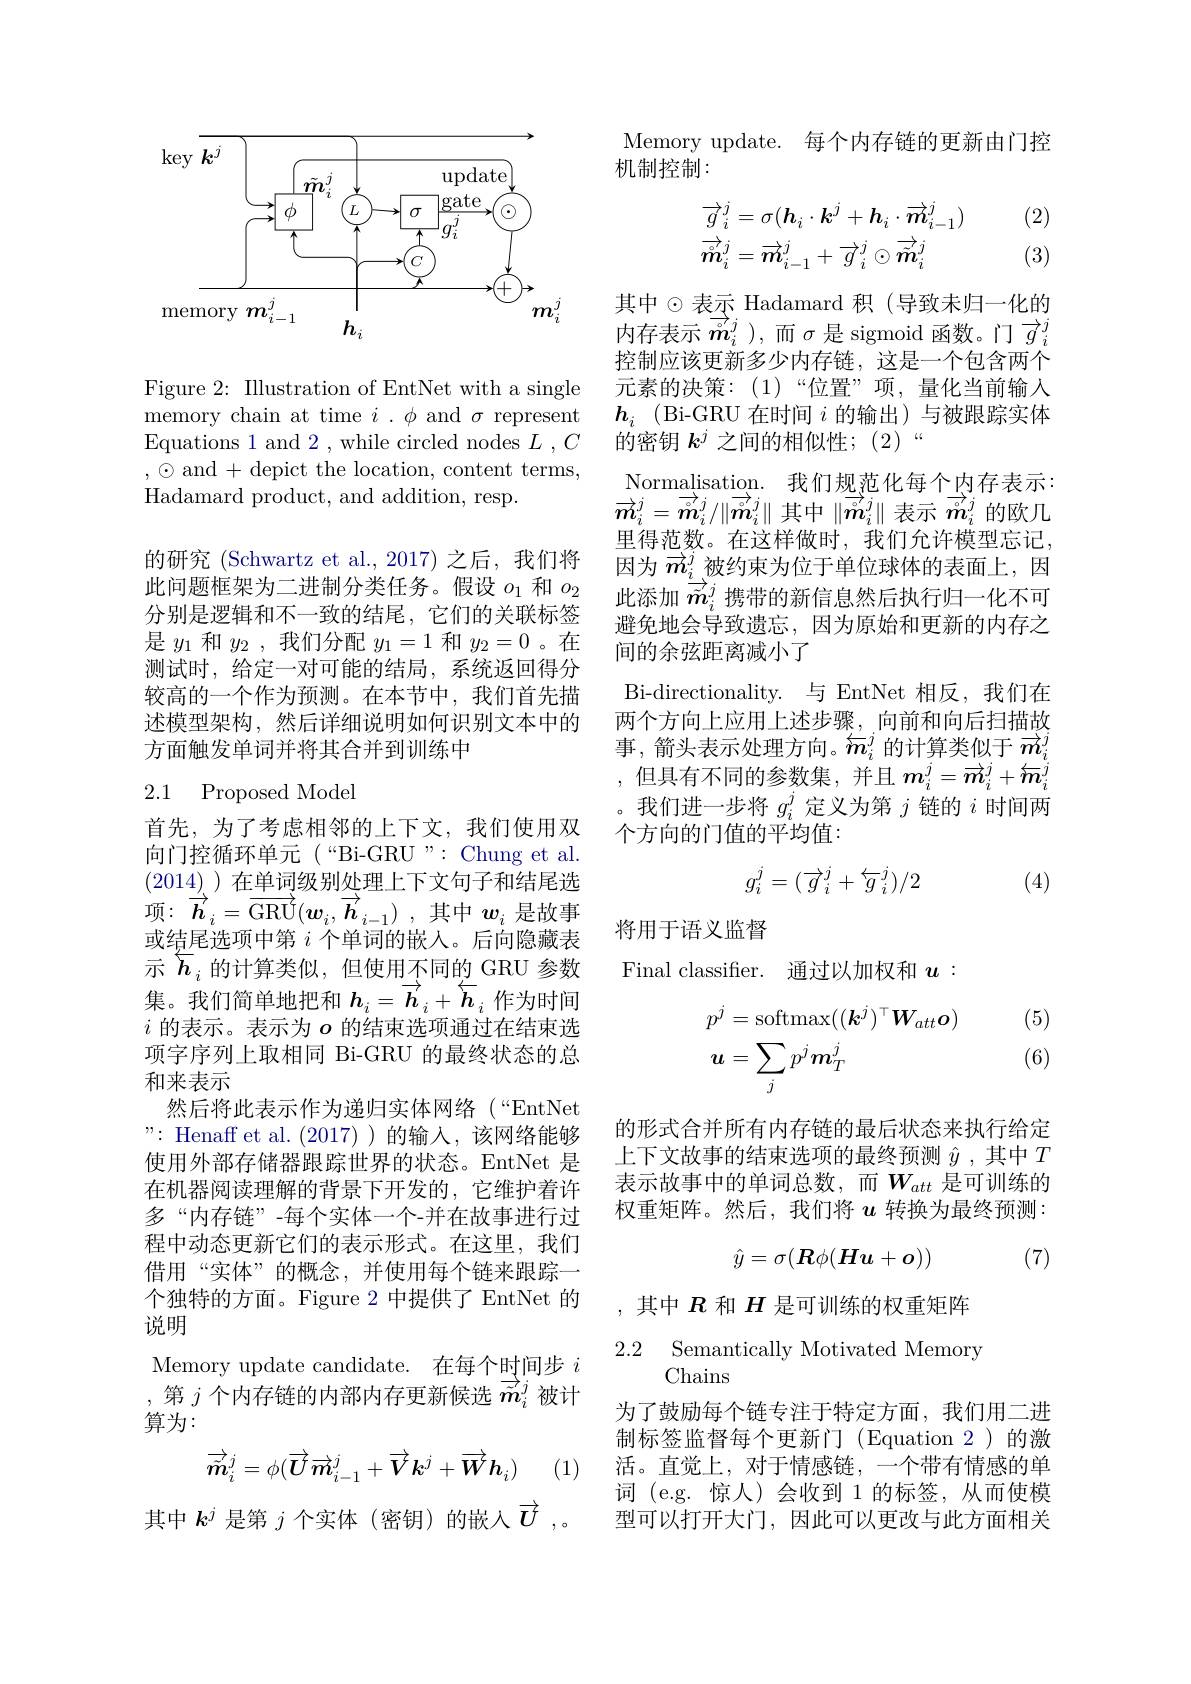
<FigureHere>

Figure 2: Illustration of EntNet with a single memory chain at time $i.\phi$ and $\sigma$ represent Equations 1 and 2 , while circled nodes $L$ $, C$ $,\odot$ and+ depict the location, content terms, Hadamard product, and addition, resp.

的研究 (Schwartz et al.,2017) 之后，我们将此问题框架为二进制分类任务。假设$o_{1}$和$o_{2}$ 分别是逻辑和不一致的结尾，它们的关联标签是$y_1$和$y_2$,我们分配$y_1=1$和$y_2=0$ 。在测试时，给定一对可能的结局，系统返回得分较高的一个作为预测。在本节中，我们首先描述模型架构，然后详细说明如何识别文本中的方面触发单词并将其合并到训练中

## 2.1 Proposed Model

首先，为了考虑相邻的上下文，我们使用双向门控循环单元(“Bi-GRU”:Chung et al. (2014) )在单词级别处理上下文句子和结尾选项：$\overrightarrow{\boldsymbol{h}}_i=\overrightarrow{\mathrm{GRU}}(\boldsymbol{w}_i,\overrightarrow{\boldsymbol{h}}_{i-1})$ ,其中$\boldsymbol w_i$是故事或结尾选项中第$i$个单词的嵌入。后向隐藏表示$\overleftarrow{h}_i$的计算类似，但使用不同的 GRU 参数集。我们简单地把和$h_i=\overrightarrow{\boldsymbol{h}}_i+\overleftarrow{\boldsymbol{h}}_i$作为时间$i$ 的表示。表示为$o$ 的结束选项通过在结束选项字序列上取相同 Bi-GRU 的最终状态的总和来表示
然后将此表示作为递归实体网络(“EntNet ": Henaff et al.(2017) )的输入，该网络能够使用外部存储器跟踪世界的状态。EntNet 是在机器阅读理解的背景下开发的，它维护着许多“内存链”-每个实体一个-并在故事进行过程中动态更新它们的表示形式。在这里，我们借用“实体”的概念，并使用每个链来跟踪一个独特的方面。Figure 2 中提供了 EntNet 的说明
Memory update candidate. 在每个时间步$i$ ,第$j$个内存链的内部内存更新候选$\overrightarrow{\tilde{m}}_i^j$被计

算为：
$$\overrightarrow{\tilde{\boldsymbol{m}}_i}^j=\phi(\overrightarrow{\boldsymbol{U}}\overrightarrow{\boldsymbol{m}}_{i-1}^j+\overrightarrow{\boldsymbol{V}}\boldsymbol{k}^j+\overrightarrow{\boldsymbol{W}}\boldsymbol{h}_i)$$
(1)

其中$k^j$是第$j$个实体(密钥)的嵌入$\overrightarrow{U}$ ,

Memory update. 每个内存链的更新由门控
机制控制：

(2)
$$\begin{aligned}&\overrightarrow{g}_{i}^{j}=\sigma(\boldsymbol{h}_{i}\cdot\boldsymbol{k}^{j}+\boldsymbol{h}_{i}\cdot\overrightarrow{\boldsymbol{m}}_{i-1}^{j})\\&\overrightarrow{m}_{i}^{j}=\overrightarrow{m}_{i-1}^{j}+\overrightarrow{g}_{i}^{j}\odot\overrightarrow{\tilde{m}}_{i}^{j}\end{aligned}$$
(3)

其中$\odot$表示 Hadamard 积(导致未归一化的内存表示$\overrightarrow{m}_i^j)$,而$\sigma$是 sigmoid 函数。门$\overrightarrow{g}_i^j$ 控制应该更新多少内存链，这是一个包含两个元素的决策：(1)“位置”项，量化当前输入$h_i$ (Bi-GRU 在时间$i$的输出)与被跟踪实体的密钥$k^j$之间的相似性；(2)“
$\underset{\rightarrow}{\operatorname*{\text{Normalisation.}}}{\operatorname*{\text{我们规范化每个内存表示：}}}$ $\overrightarrow{m}_i^j=\overrightarrow{\overset{\circ}{\operatorname*{m}}}_i^j/\|\overrightarrow{m}_i^j\|$其中$\|\overrightarrow{m}_i^j\|$表示$\overrightarrow{m}_i^j$的欧几里得范数。在这样做时，我们允许模型忘记， 因为$\overrightarrow{m}_i^j$被约束为位于单位球体的表面上，因此添加$\overrightarrow{\vec{m}}_i^j$携带的新信息然后执行归一化不可避免地会导致遗忘，因为原始和更新的内存之间的余弦距离减小了
Bi-directionality. 与 EntNet 相反，我们在两个方向上应用上述步骤，向前和向后扫描故事，箭头表示处理方向。$\overleftarrow{m}_i^{j}$的计算类似于$\overrightarrow{m}_i^{j}$ ,但具有不同的参数集，并且$m_i^j=\overrightarrow{m}_i^j+\overleftarrow{m}_i^j$ 。我们进一步将$g_i^j$定义为第$j$链的$i$时间两个方向的门值的平均值：
$$g_i^j=(\overrightarrow{g}_i^j+\overleftarrow{g}_i^j)/2$$
(4)

将用于语义监督
Final classifier. 通过以加权和$u:$

(5)

(6)
$$\begin{aligned}p^j&=\operatorname{softmax}((\boldsymbol k^j)^\top\boldsymbol W_{att}\boldsymbol o)\\\boldsymbol u&=\sum_jp^j\boldsymbol m_T^j\end{aligned}$$
的形式合并所有内存链的最后状态来执行给定上下文故事的结束选项的最终预测$\hat{y}$ ,其中$T$ 表示故事中的单词总数，而$W_{att}$ 是可训练的权重矩阵。然后，我们将$u$转换为最终预测：
$$\hat y=\sigma(\boldsymbol{R}\phi(\boldsymbol{H}\boldsymbol{u}+\boldsymbol{o}))$$
(7)

,其中$R$和$H$是可训练的权重矩阵

2.2 Semanticallv Motivated Memorv
Chains

为了鼓励每个链专注于特定方面，我们用二进制标签监督每个更新门(Equation 2)的激活。直觉上，对于情感链，一个带有情感的单词 (e.g. 惊人)会收到 1 的标签，从而使模型可以打开大门，因此可以更改与此方面相关